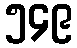
၅၄၉